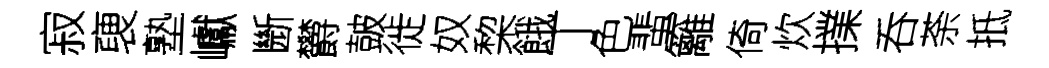
寂褏塾巘㫁欝皷徙奴棃餓丁色蜚籬倚炊擈呑荼抵